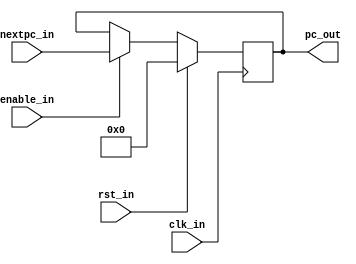
`timescale 1ns/1ps

module PC ( nextpc_in, enable_in, clk_in, rst_in, pc_out);
    input wire [31:0] nextpc_in;
    input wire enable_in;
    input wire clk_in;
    input wire rst_in;
    output reg [31:0] pc_out;
 
    initial begin
        pc_out = 0;
    end

    always @(posedge clk_in) begin
        if ( rst_in )
            pc_out = 32'h00000000;
        else if ( enable_in )
            pc_out = nextpc_in;
    end

endmodule